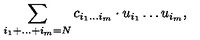
\sum _ { i _ { 1 } + \dots + i _ { m } = N } c _ { i _ { 1 } \dots i _ { m } } \cdot u _ { i _ { 1 } } \dots u _ { i _ { m } } ,